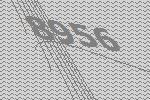
8956